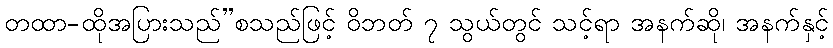
တထာ-ထိုအပြားသည်”စသည်ဖြင့် ဝိဘတ် ၇ သွယ်တွင် သင့်ရာ အနက်ဆို၊ အနက်နှင့်